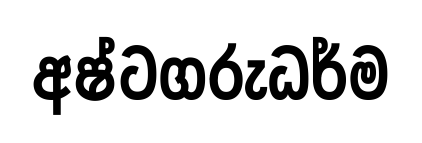
අෂ්ටගරුධර්ම